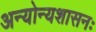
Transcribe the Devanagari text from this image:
अन्योन्यशासनः